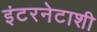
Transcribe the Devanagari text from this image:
इंटरनेटाशी